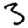
Digit: 3